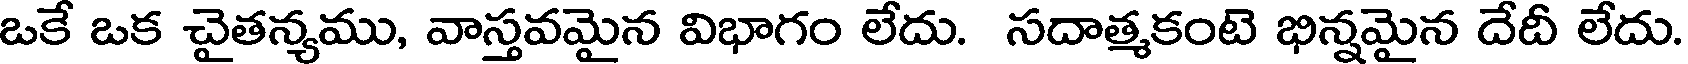
ఒకే ఒక చైతన్యము, వాస్తవమైన విభాగం లేదు. సదాత్మకంటె భిన్నమైన దేదీ లేదు